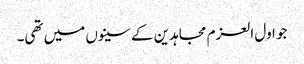
جو اول العزم مجاہدین کے سینوں میں تھی۔